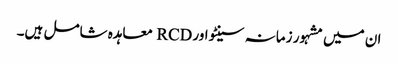
ان میں مشہور زمانہ سینٹو اور RCD معاہدہ شامل ہیں۔